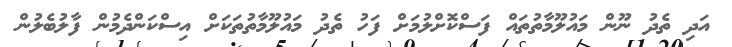
އަދި ތެދު ނޫން މައުލޫމާތުތައް ފަސްކޮށްލުމަށް ފަހު ތެދު މައުލޫމާތުތަކަށް އިސްކަންދެމުން ފާލުބެލުން